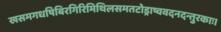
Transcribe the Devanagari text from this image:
खसमगधषिबिरगिरिमिथिलसमतटोड्राष्ववदनदन्तुरकाः।